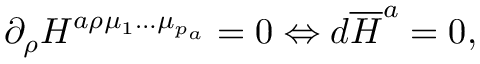
\partial _ { \rho } H ^ { a \rho \mu _ { 1 } \ldots \mu _ { p _ { a } } } = 0 \Leftrightarrow d \overline { { { H } } } ^ { a } = 0 ,